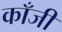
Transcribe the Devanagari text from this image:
काँजी